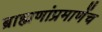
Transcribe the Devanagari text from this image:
ब्राह्मणांप्रमाणेंच